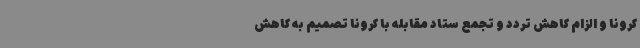
کرونا و الزام کاهش تردد و تجمع ستاد مقابله با کرونا تصمیم به کاهش